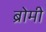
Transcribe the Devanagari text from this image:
ब्रोमी